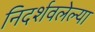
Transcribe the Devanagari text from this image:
निदर्शवलेल्या